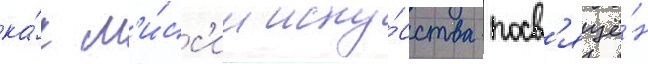
ка́к м'и́сс'ии иску́сства посв'ящё́н